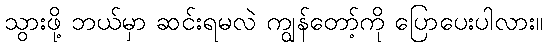
သွားဖို့ ဘယ်မှာ ဆင်းရမလဲ ကျွန်တော့်ကို ပြောပေးပါလား။